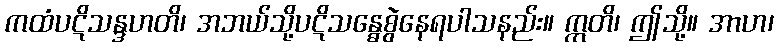
ကထံပဋိသန္ဒဟတိ၊ အဘယ်သို့ပဋိသန္ဓေစွဲနေရပါသနည်း။ ဣတိ၊ ဤသို့။ အာဟ၊